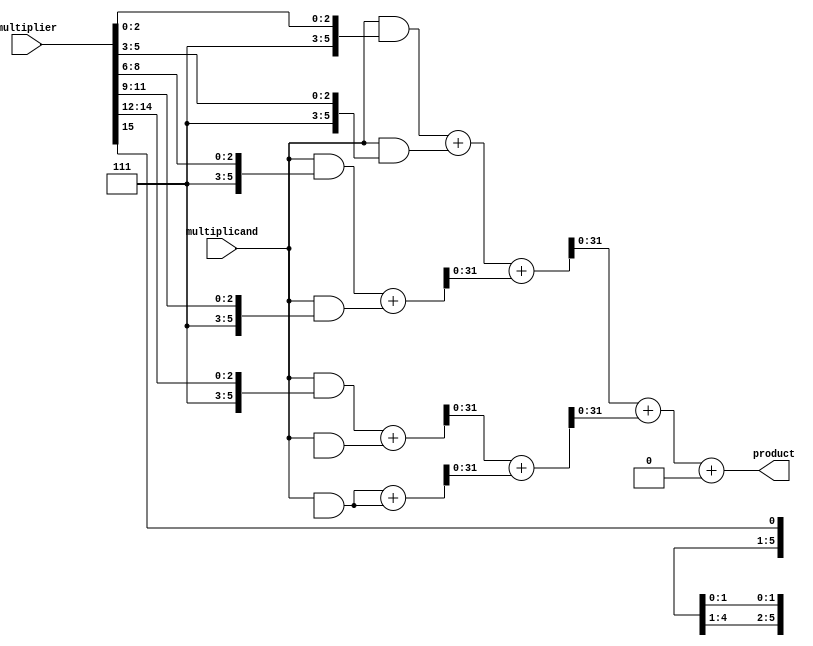
module higher_radix_wallace_multiplier (
    input [15:0] multiplicand, // 16-bit multiplicand
    input [15:0] multiplier,    // 16-bit multiplier
    output [31:0] product       // 32-bit product
);

    // Partial product generation for Radix-8
    wire [15:0] pp[0:7]; // Partial products for Radix-8
    genvar i, j;

    generate
        for (i = 0; i < 8; i = i + 1) begin : pp_gen
            assign pp[i] = multiplicand & {3'b111, multiplier[3*i +: 3]};
        end
    endgenerate

    // Wallace Tree Reduction
    wire [31:0] sum[0:6]; // Intermediate sums
    wire [31:0] carry[0:6]; // Intermediate carries

    // Stage 1: Combine partial products
    assign {carry[0], sum[0]} = pp[0] + pp[1];
    assign {carry[0], sum[1]} = pp[2] + pp[3];
    assign {carry[0], sum[2]} = pp[4] + pp[5];
    assign {carry[0], sum[3]} = pp[6] + pp[7];

    // Stage 2: Further reduction
    assign {carry[1], sum[4]} = sum[0] + sum[1];
    assign {carry[1], sum[5]} = sum[2] + sum[3];

    // Stage 3: Final addition
    assign {carry[2], product} = sum[4] + sum[5] + carry[0];

endmodule